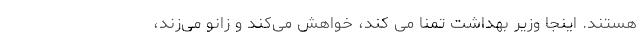
هستند. اینجا وزیر بهداشت تمنا می کند، خواهش می‌کند و زانو می‌زند،